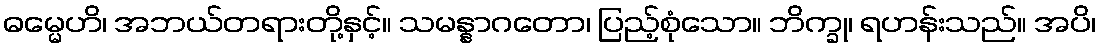
ဓမ္မေဟိ၊ အဘယ်တရားတို့နှင့်။ သမန္နာဂတော၊ ပြည့်စုံသော။ ဘိက္ခု၊ ရဟန်းသည်။ အပိ၊